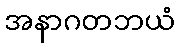
အနာဂတဘယံ